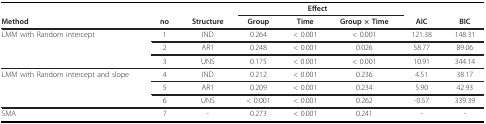
|  |  |  | <COLSPAN=3> Effect |  |  |
 | Method | no | Structure | Group | Time | Group × Time | AIC | BIC |
 | --- | --- | --- | --- | --- | --- | --- | --- |
 | LMM with Random intercept | 1 | IND | 0.264 | < 0.001 | < 0.001 | 121.38 | 148.31 |
 |  | 2 | AR1 | 0.248 | < 0.001 | 0.026 | 58.77 | 89.06 |
 |  | 3 | UNS | 0.175 | < 0.001 | < 0.001 | 10.91 | 344.14 |
 | LMM with Random intercept and slope | 4 | IND | 0.212 | < 0.001 | 0.236 | 4.51 | 38.17 |
 |  | 5 | AR1 | 0.209 | < 0.001 | 0.234 | 5.90 | 42.93 |
 |  | 6 | UNS | < 0.001 | < 0.001 | 0.262 | -0.57 | 339.39 |
 | SMA | 7 | - | 0.273 | < 0.001 | 0.241 | - | - |